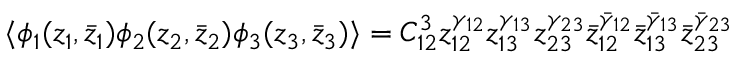
\langle \phi _ { 1 } ( z _ { 1 } , \bar { z } _ { 1 } ) \phi _ { 2 } ( z _ { 2 } , \bar { z } _ { 2 } ) \phi _ { 3 } ( z _ { 3 } , \bar { z } _ { 3 } ) \rangle = C _ { 1 2 } ^ { 3 } z _ { 1 2 } ^ { \gamma _ { 1 2 } } z _ { 1 3 } ^ { \gamma _ { 1 3 } } z _ { 2 3 } ^ { \gamma _ { 2 3 } } \bar { z } _ { 1 2 } ^ { \bar { \gamma } _ { 1 2 } } \bar { z } _ { 1 3 } ^ { \bar { \gamma } _ { 1 3 } } \bar { z } _ { 2 3 } ^ { \bar { \gamma } _ { 2 3 } }